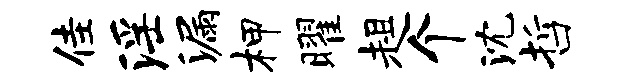
佳淫漏柙曜趄个沈哲